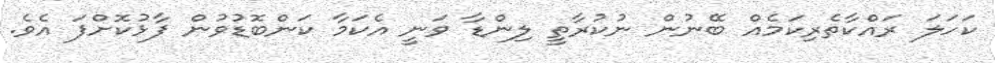
ކަހަލަ ރައްކާތެރިކަމެއް ބޭނުން ނުކުރާތީ ލިންޑާ ވަނީ އެކަމާ ކަންބޮޑުވުން ފާޅުކޮށްފަ އެވެ.